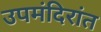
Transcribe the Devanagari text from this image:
उपमंदिरांत